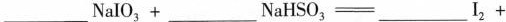
$$___ N a I O _ { 3 } + ___ N a H S O _ { 3 } = ___ I _ { 2 } +